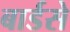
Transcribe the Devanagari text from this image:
बार्डसे